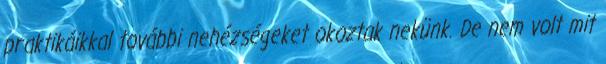
praktikáikkal további nehézségeket okoztak nekünk. De nem volt mit